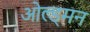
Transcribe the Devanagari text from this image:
ओल्ड्मन